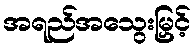
အရည်အသွေးမြှင့်